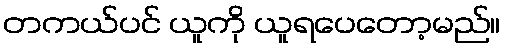
တကယ်ပင် ယူကို ယူရပေတော့မည်။